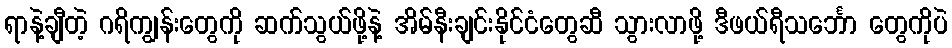
ရာနဲ့ချီတဲ့ ဂရိကျွန်းတွေကို ဆက်သွယ်ဖို့နဲ့ အိမ်နီးချင်းနိုင်ငံတွေဆီ သွားလာဖို့ ဒီဖယ်ရီသင်္ဘော တွေကိုပဲ